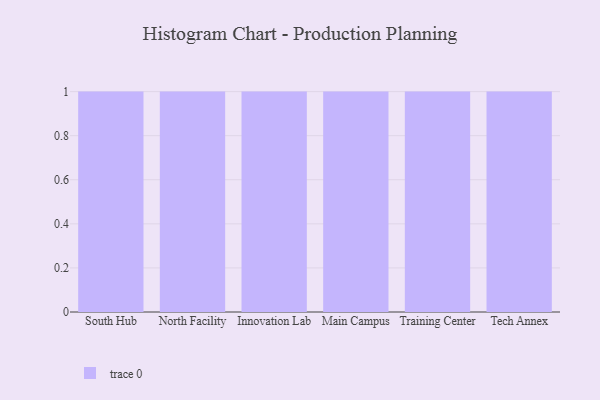
{"axis": {"x": "Campus", "y": "Waste Production (Tons)"}, "legend": [""], "data": [{"x": "South Hub", "y": 39, "type": ""}, {"x": "North Facility", "y": 30, "type": ""}, {"x": "Innovation Lab", "y": 68, "type": ""}, {"x": "Main Campus", "y": 51, "type": ""}, {"x": "Training Center", "y": 24, "type": ""}, {"x": "Tech Annex", "y": 18, "type": ""}]}